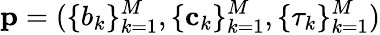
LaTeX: \mathbf{p}=(\{ b_{k}\} _{k=1}^{M},\{ \mathbf{c}_{k}\} _{k=1}^{M},\{ \tau_{k}\} _{k=1}^{M})